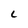
Character: L